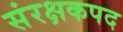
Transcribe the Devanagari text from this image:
संरक्षकपद